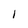
Character: 1